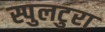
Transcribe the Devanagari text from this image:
स्पुलटुरा